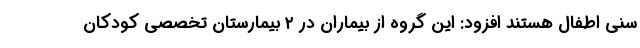
سنی اطفال هستند افزود: این گروه از بیماران در ۲ بیمارستان تخصصی کودکان